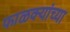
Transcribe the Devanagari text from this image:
फाळक्यांच्या